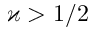
\varkappa > 1 / 2